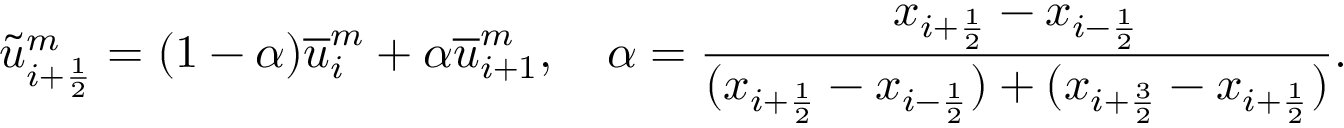
\tilde { u } _ { i + \frac { 1 } { 2 } } ^ { m } = ( 1 - \alpha ) \overline { { u } } _ { i } ^ { m } + \alpha \overline { { u } } _ { i + 1 } ^ { m } , \quad \alpha = \frac { x _ { i + \frac { 1 } { 2 } } - x _ { i - \frac { 1 } { 2 } } } { ( x _ { i + \frac { 1 } { 2 } } - x _ { i - \frac { 1 } { 2 } } ) + ( x _ { i + \frac { 3 } { 2 } } - x _ { i + \frac { 1 } { 2 } } ) } .